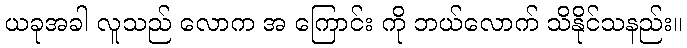
ယခုအခါ လူသည် လောက အ ကြောင်း ကို ဘယ်လောက် သိနိုင်သနည်း။